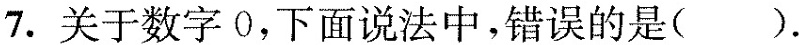
7. 关于数字0，下面说法中，错误的是( ).